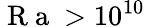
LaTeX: \mathrm{~R~a~}>10^{10}